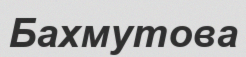
Бахмутова